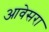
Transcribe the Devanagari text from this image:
आवेसरा